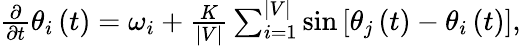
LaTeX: \begin{array}{r}{\frac{\partial}{\partial t}\theta_{i}\left(t\right)=\omega_{i}+\frac{K}{\vert V\vert}\sum_{i=1}^{\vert V\vert}\sin\left[\theta_{j}\left(t\right)-\theta_{i}\left(t\right)\right],}\end{array}